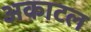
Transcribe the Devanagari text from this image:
अकाटल